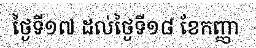
ថ្ងៃទី១៧ ដល់ថ្ងៃទី១៨ ខែកញ្ញា